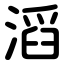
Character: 滔